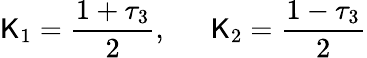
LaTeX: \mathsf{K}_{1}=\frac{{1+\tau_{3}}}{{2}},~~~~~~\mathsf{K}_{2}=\frac{{1-\tau_{3}}}{{2}}